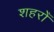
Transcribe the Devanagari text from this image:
शहरोँ